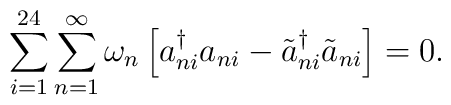
\sum_{i=1}^{24}\sum_{n=1}^{\infty}\omega_n \left[a_{ni}^{\dagger}a_{ni} - \tilde{a}_{ni}^{\dagger}\tilde{a}_{ni}\right]=0\mbox{.}